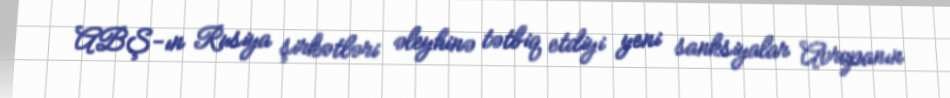
ABŞ-ın Rusiya şirkətləri əleyhinə tətbiq etdiyi yeni sanksiyalar Avropanın